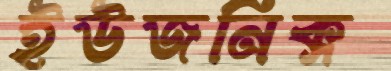
ইউজনিক্স